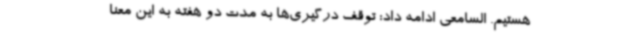
هستیم. السامعی ادامه داد: توقف درگیری‌ها به مدت دو هفته به این معنا